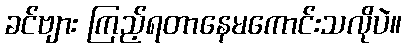
ခင်ဗျား ကြည့်ရတာနေမကောင်းသလိုပဲ။